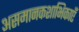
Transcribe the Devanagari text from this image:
असमानकशाभिकाएँ